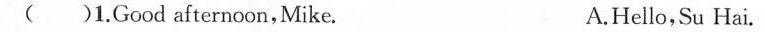
( )1.Good afernoon, Mike. A.Hello,Su Hai.